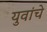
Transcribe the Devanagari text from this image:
युवांचे